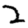
Digit: 2